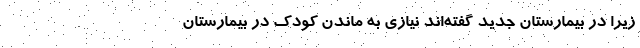
زیرا در بیمارستان جدید گفته‌اند نیازی به ماندن کودک در بیمارستان